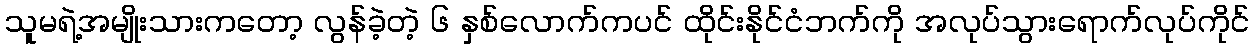
သူမရဲ့အမျိုးသားကတော့ လွန်ခဲ့တဲ့ ၆ နှစ်လောက်ကပင် ထိုင်းနိုင်ငံဘက်ကို အလုပ်သွားရောက်လုပ်ကိုင်